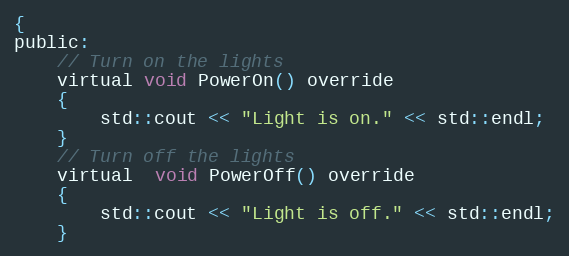
Language: C
{
public:
    // Turn on the lights
    virtual void PowerOn() override
    {
        std::cout << "Light is on." << std::endl;
    }
    // Turn off the lights
    virtual  void PowerOff() override
    {
        std::cout << "Light is off." << std::endl;
    }